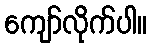
ကျော်လိုက်ပါ။